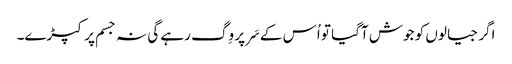
اگر جیالوں کو جوش آگیا تو اُس کے سَر پر وِگ رہے گی نہ جسم پر کپڑے۔